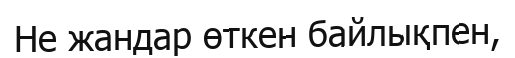
Не жандар өткен байлықпен,